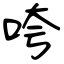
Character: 咵